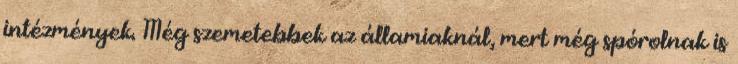
intézmények. Még szemetebbek az államiaknál, mert még spórolnak is